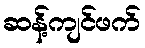
ဆန့်ကျင်ဖက်